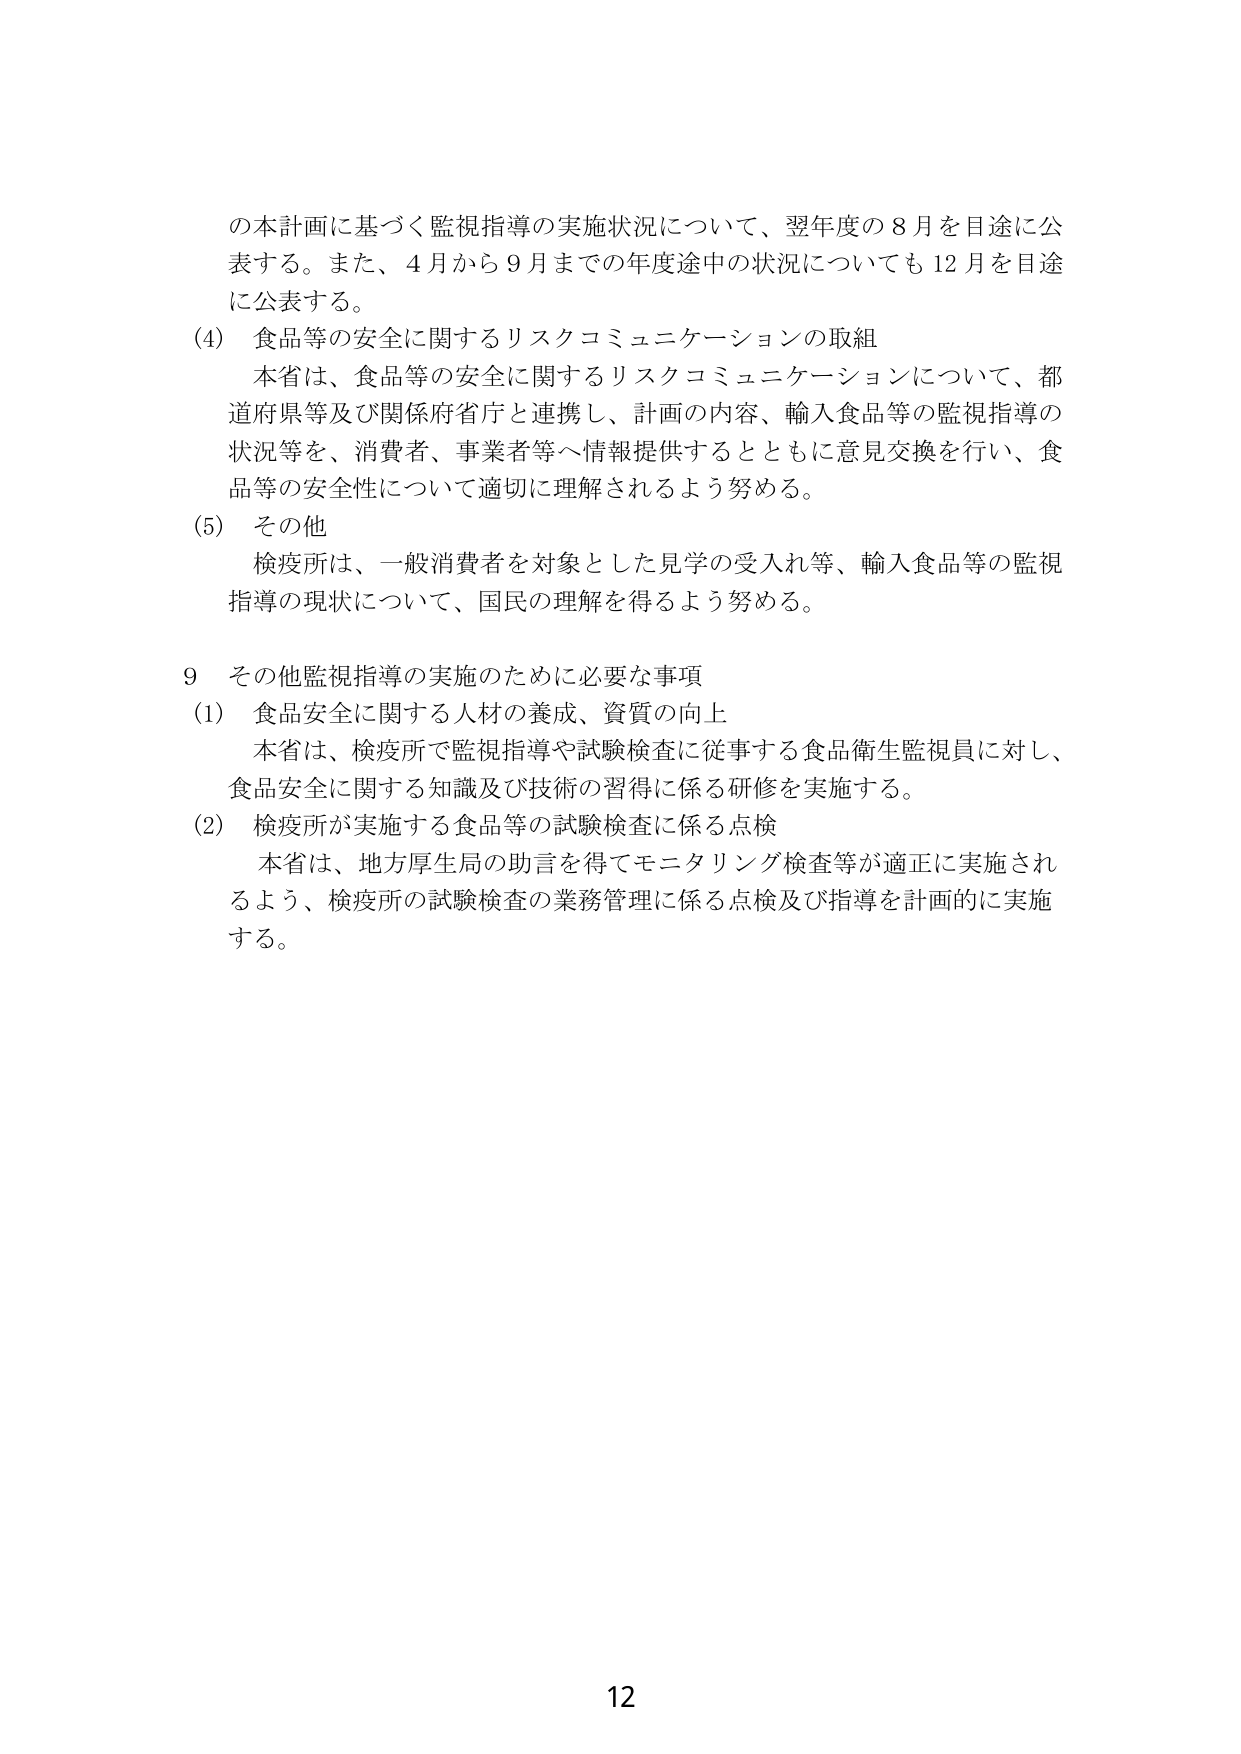
の本計画に基づく監視指導の実施状況について、翌年度の８月を目途に公表する。また、４月から９月までの年度途中の状況についても１２月を目途に公表する。

(4) 食品等の安全に関するリスクコミュニケーションの取組
本省は、食品等の安全に関するリスクコミュニケーションについて、都道府県等及び関係府省庁と連携し、計画の内容、輸入食品等の監視指導の状況等を、消費者、事業者等へ情報提供するとともに意見交換を行い、食品等の安全性について適切に理解されるよう努める。

(5) その他
検疫所は、一般消費者を対象とした見学の受入れ等、輸入食品等の監視指導の現状について、国民の理解を得るよう努める。

9 その他監視指導の実施のために必要な事項
(1) 食品安全に関する人材の養成、資質の向上
本省は、検疫所で監視指導や試験検査に従事する食品衛生監視員に対し、食品安全に関する知識及び技術の習得に係る研修を実施する。

(2) 検疫所が実施する食品等の試験検査に係る点検
本省は、地方厚生局の助言を得てモニタリング検査等が適正に実施されるよう、検疫所の試験検査の業務管理に係る点検及び指導を計画的に実施する。

12